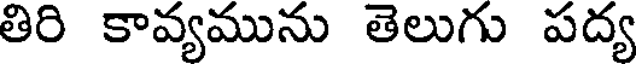
తిరి కావ్యమును తెలుగు పద్య